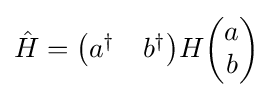
{\hat {H}}={\begin{pmatrix}a^{\dagger }&b^{\dagger }\end{pmatrix}}H{\begin{pmatrix}a\\b\end{pmatrix}}